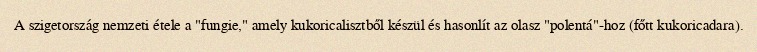
A szigetország nemzeti étele a "fungie," amely kukoricalisztből készül és hasonlít az olasz "polentá"-hoz (főtt kukoricadara).